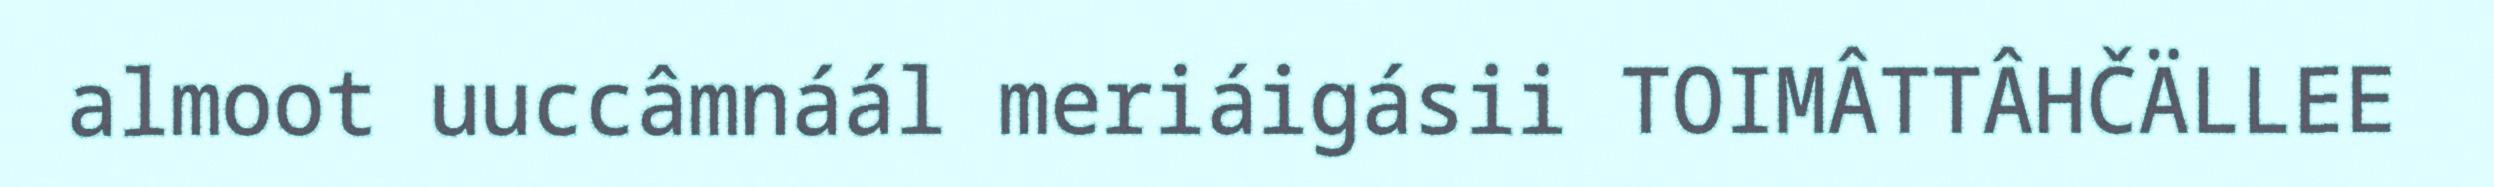
almoot uuccâmnáál meriáigásii TOIMÂTTÂHČÄLLEE